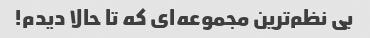
بی نظم‌ترین مجموعه‌ای که تا حالا دیدم!